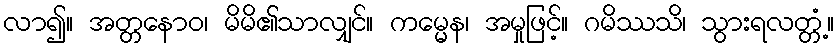
လာ၍။ အတ္တနောဝ၊ မိမိ၏သာလျှင်။ ကမ္မေန၊ အမှုဖြင့်။ ဂမိဿသိ၊ သွားရလတ္တံ့။